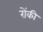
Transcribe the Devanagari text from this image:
रोंकी